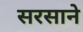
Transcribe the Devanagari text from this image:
सरसाने